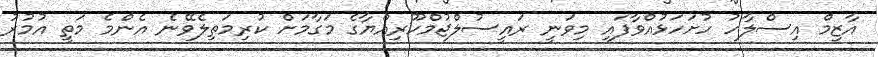
އާޒިމް އިސްލާހު ހުށަހަޅުއްވާފައި މިވަނީ ރައީސުލްޖުމްހޫރިއްޔާގެ މަގާމަށް ކުރިމަތިލެވޭނެ އެންމެ މަތީ އުމުރު